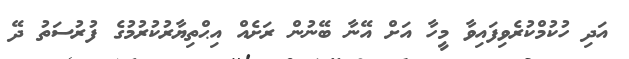
އަދި ހުކުމްކުރެވިފައިވާ މީހާ އަށް އޭނާ ބޭނުން ރަށެއް އިޙްތިޔާރުކުރުމުގެ ފުރުސަތު ދޭ